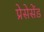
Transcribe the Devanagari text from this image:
प्रेसेसेंड